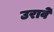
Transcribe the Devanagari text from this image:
उरावे